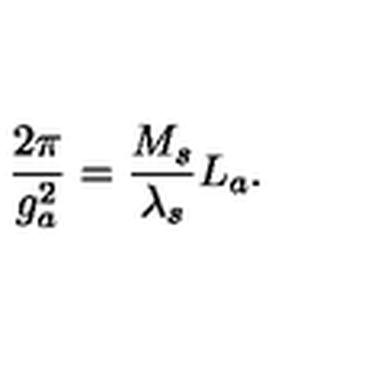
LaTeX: \frac { 2 \pi } { g _ { a } ^ { 2 } } = \frac { M _ { s } } { \lambda _ { s } } L _ { a } .